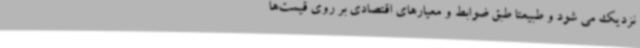
نزدیک می شود و طبیعتاً طبق ضوابط و معیارهای اقتصادی بر روی قیمت‌ها